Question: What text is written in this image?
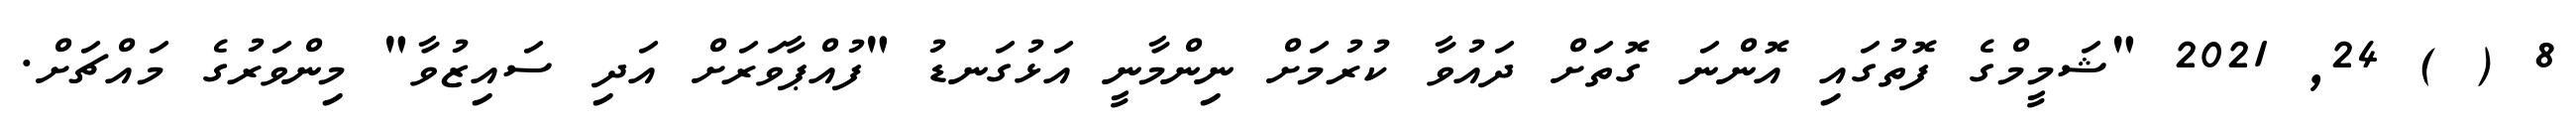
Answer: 8 ( ) 24, 2021 "ޝަމީމްގެ ފޮތުގައި އޮންނަ ގޮތަށް ދައުވާ ކުރުމަށް ނިންމާނީ އަޅުގަނޑު "ފުއްޕާވަރަށް އަދި ސައިޒުވާ" މިންވަރުގެ މައްޗަށް.